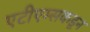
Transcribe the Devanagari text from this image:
एटीएम्सकडून